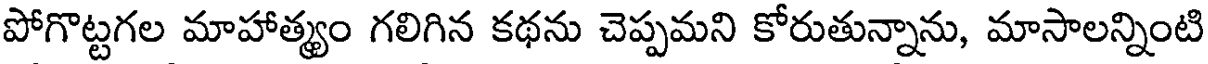
పోగొట్టగల మాహాత్మ్యం గలిగిన కథను చెప్పమని కోరుతున్నాను, మాసాలన్నింటి